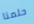
حلمنا